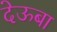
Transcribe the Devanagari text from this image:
देऊबा